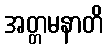
အတ္တမနာတိ